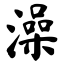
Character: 澡